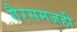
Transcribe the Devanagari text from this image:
गैरसमजही